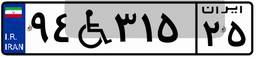
۴۴W۵۳۷۲۲